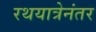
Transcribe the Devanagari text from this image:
रथयात्रेनंतर